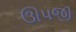
ઊપજી